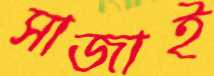
সাজাই